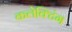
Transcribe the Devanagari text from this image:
कलेक्टिंग